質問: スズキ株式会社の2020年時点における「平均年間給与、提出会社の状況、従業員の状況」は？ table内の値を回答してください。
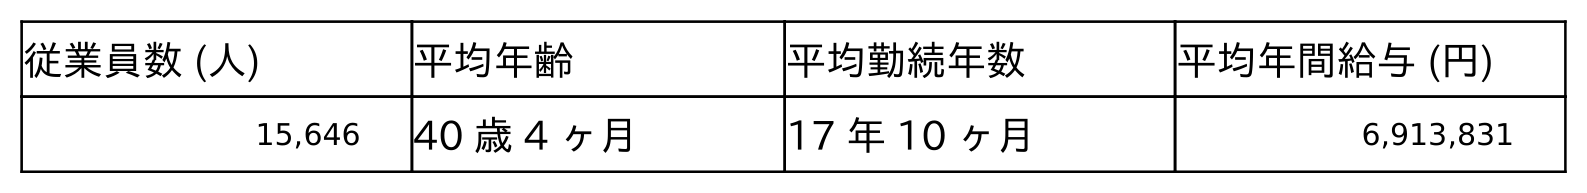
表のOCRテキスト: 従業員数 (人) 平均年齢 平均勤続年数 平均年間給与 (円) 15,646 40 歳 4 ヶ月 17 年 10 ヶ月 6,913,831
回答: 6,913,831